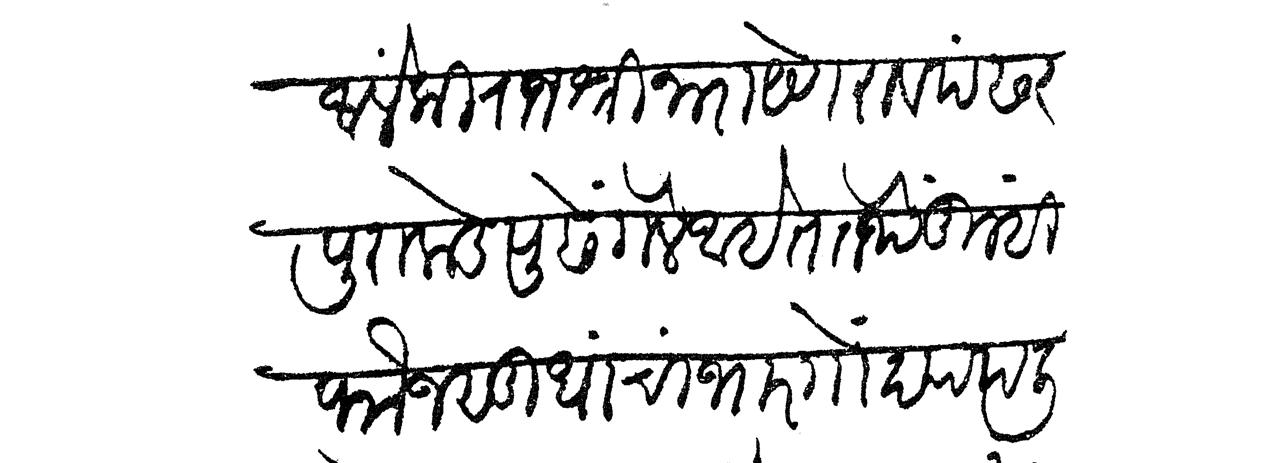
Transliteration (Devanagari): आलें की राजश्री नारायेणराव पंढरपुराकडे पुढें गेले आहेत तेथें तुम्ही फौजसुद्धा चांभारगोंद्यापली